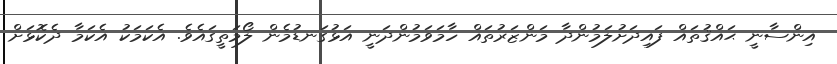
އިންސާނީ ޙައްޤުތައް ފައިދަށުލަމުންދާ މަންޒަރުތައް ހާމަވަމުންދަނީ އަޅުގަނޑުމެން ލޯމަތީގައެވެ. އެކަމަކު އެކަމާ ދެކޮޅަށް